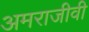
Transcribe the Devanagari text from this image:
अमराजीवी